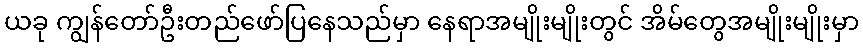
ယခု ကျွန်တော်ဦးတည်ဖော်ပြနေသည်မှာ နေရာအမျိုးမျိုးတွင် အိမ်တွေအမျိုးမျိုးမှာ